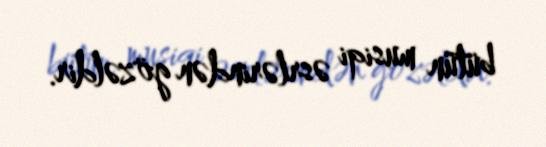
bütün musiqi əsrlərindən gözəldir.